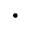
\cdot